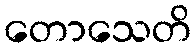
တောသေတိ